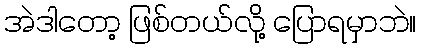
အဲဒါတော့ ဖြစ်တယ်လို့ ပြောရမှာဘဲ။